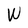
Character: W